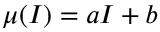
\mu ( I ) = a I + b